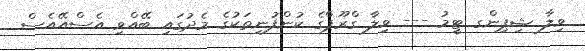
ވިލާ ޝިޕިންގ ޓީމު --- ވިލާ ގްރޫޕްގެ ކުންފުނިތަކުގެ މެދުގައި ބޭއްވި އެސްއޭއެސް